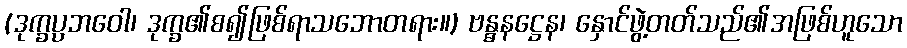
(ဒုက္ခပ္ပဘဝေါ၊ ဒုက္ခ၏စ၍ဖြစ်ရာသဘောတရား။) ဗန္ဓနဋ္ဌေန၊ နှောင်ဖွဲ့တတ်သည်၏အဖြစ်ဟူသော